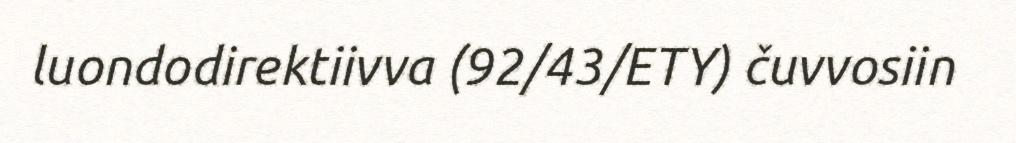
luondodirektiivva (92/43/ETY) čuvvosiin